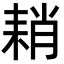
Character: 𦓴